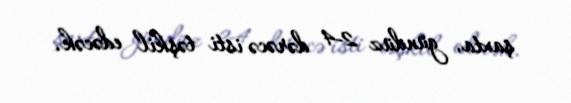
şaxta, gündüz 2-4 dərəcə isti təşkil edəcək.